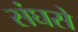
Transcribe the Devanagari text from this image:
संघसे